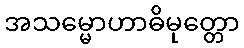
အသမ္မောဟာဓိမုတ္တော